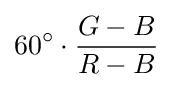
60^{\circ }\cdot {\frac {G-B}{R-B}}